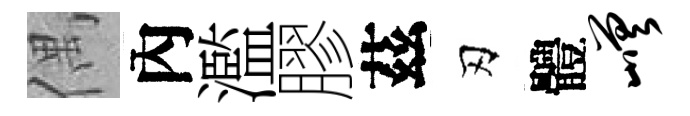
偶內濫膠茲刃體嵯